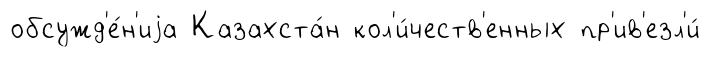
обсужд'е́н'иjа Казахста́н кол'и́честв'енных пр'ив'езл'и́